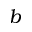
b